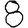
Digit: 8